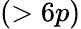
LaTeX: (>6p)